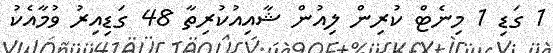
1 ގަޑި 1 މިނެޓް ކުރިން ލިއުން ޝާއިއުކުރިތާ 48 ގަޑިއިރު ވުމާއެކު